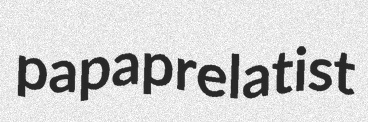
papaprelatist